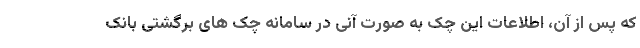
که پس از آن، اطلاعات این چک به صورت آنی در سامانه چک های برگشتی بانک